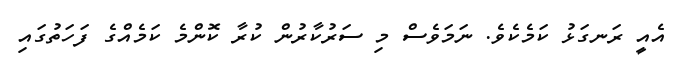
އެއީ ރަނގަޅު ކަމެކެވެ. ނަމަވެސް މި ސަރުކާރުން ކުރާ ކޮންމެ ކަމެއްގެ ފަހަތުގައި